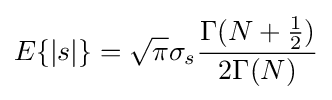
E\{|s|\}={\sqrt {\pi }}\sigma _{s}{\frac {\Gamma (N+{\frac {1}{2}})}{2\Gamma (N)}}